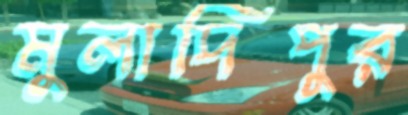
মুলাদিপুর